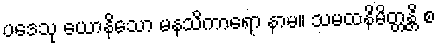
ပဒေသု ယောနိသော မနသိကာရော နာမ။ သမထနိမိတ္တန္တိ စ